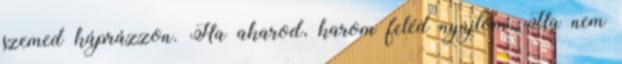
szemed káprázzon. Ha akarod, karom feléd nyújtom, Ha nem